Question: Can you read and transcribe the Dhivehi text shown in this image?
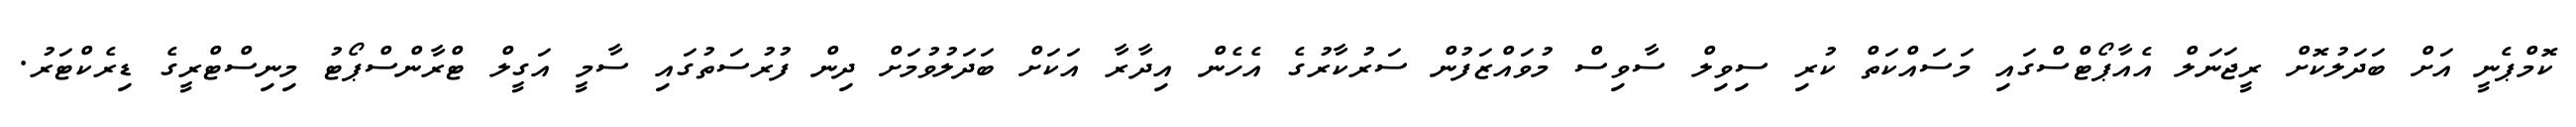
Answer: ކޮމްޕެނީ އަށް ބަދަލުކޮށް ރީޖަނަލް އެއާޕޯޓްސްގައި މަސައްކަތް ކުރި ސިވިލް ސާވިސް މުވައްޒަފުން ސަރުކާރުގެ އެހެން އިދާރާ އަކަށް ބަދަލުވުމަށް ދިން ފުރުސަތުގައި ސާމީ އަގީލް ޓްރާންސްޕޯޓު މިނިސްޓްރީގެ ޑިރެކްޓަރު.